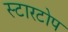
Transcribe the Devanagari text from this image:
स्टारटोप